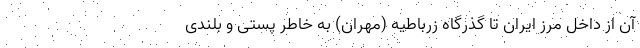
آن از داخل مرز ایران تا گذرگاه زرباطیه (مهران) به خاطر پستی و بلندی